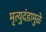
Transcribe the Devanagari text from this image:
मृत्युदंडामुळे